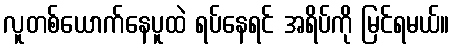
လူတစ်ယောက်နေပူထဲ ရပ်နေရင် အရိပ်ကို မြင်ရမယ်။